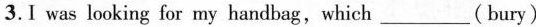
3.I was looking for my handbag,which___(bury)